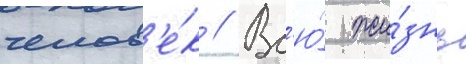
челов'е́к // Вс'ю́ жи́знь